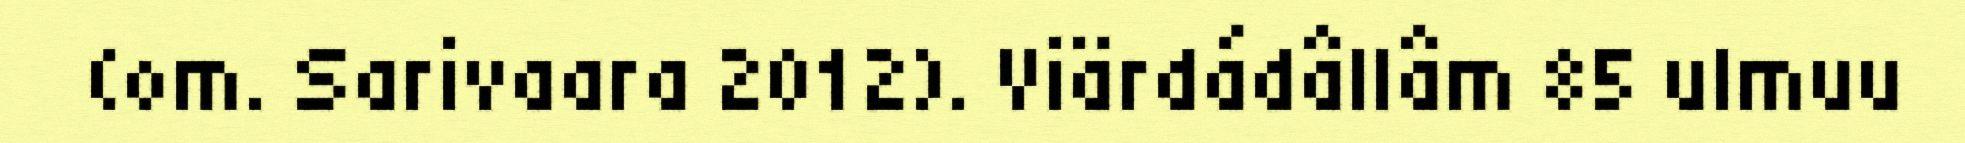
(om. Sarivaara 2012). Viärdádâllâm 85 ulmuu